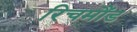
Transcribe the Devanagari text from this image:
रिचमौंड